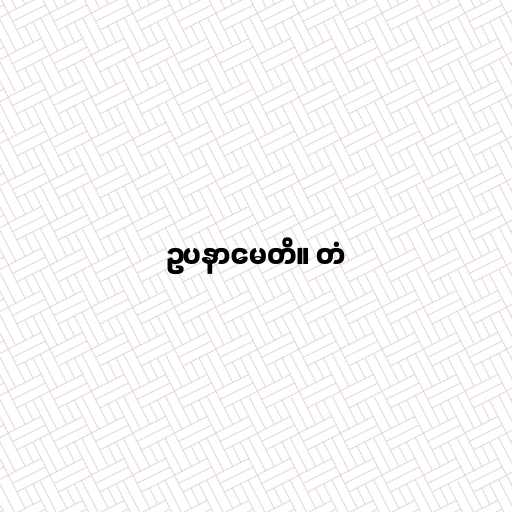
ဥပနာမေတိ။ တံ